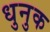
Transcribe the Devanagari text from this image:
धुनुक